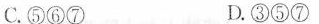
C.⑤⑥⑦ D.③⑤⑦